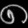
Digit: ၈